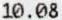
10.08